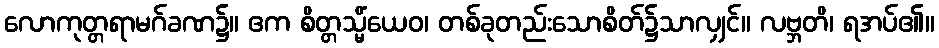
လောကုတ္တရာမဂ်ခဏ၌။ ဧက စိတ္တသ္မိံယေဝ၊ တစ်ခုတည်းသောစိတ်၌သာလျှင်။ လဗ္ဘတိ၊ ရအပ်၏။